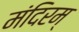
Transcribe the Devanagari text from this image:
मंदिरम्‌